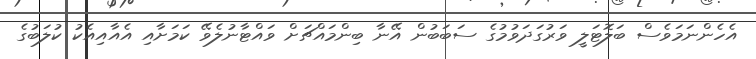
އެހެންނަމަވެސް ބަލޮޓަލީ ވަރުގަދަވުމުގެ ސަބަބުން އޭނާ ބިންމައްޗަށް ވައްޓާނުލެވޭ ކަމަށާއި އެއާއިއެކު ކުލަބުގެ